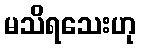
မသိရသေးဟု